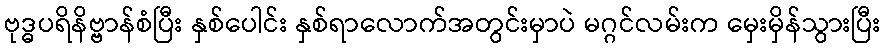
ဗုဒ္ဓပရိနိဗ္ဗာန်စံပြီး နှစ်ပေါင်း နှစ်ရာလောက်အတွင်းမှာပဲ မဂ္ဂင်လမ်းက မှေးမှိန်သွားပြီး